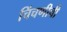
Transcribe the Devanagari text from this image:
चिंचणीची